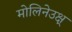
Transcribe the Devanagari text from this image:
मोलिनेउक्ष्